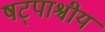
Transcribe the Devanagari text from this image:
षट्पाश्वीय